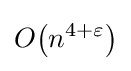
O{\mathord {\left(n^{4+\varepsilon }\right)}}